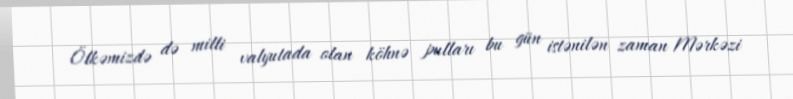
Ölkəmizdə də milli valyutada olan köhnə pulları bu gün istənilən zaman Mərkəzi